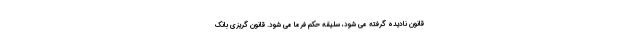
قانون نادیده گرفته می شود، سلیقه حکم فرما می شود. قانون گریزی بانک